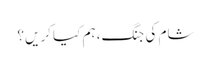
شام کی جنگ، ہم کیا کریں؟